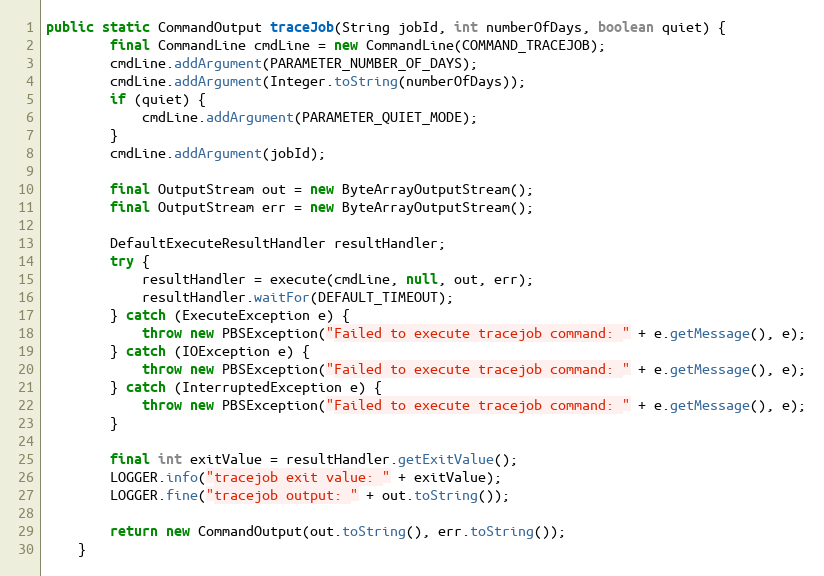
Language: Java
public static CommandOutput traceJob(String jobId, int numberOfDays, boolean quiet) {
        final CommandLine cmdLine = new CommandLine(COMMAND_TRACEJOB);
        cmdLine.addArgument(PARAMETER_NUMBER_OF_DAYS);
        cmdLine.addArgument(Integer.toString(numberOfDays));
        if (quiet) {
            cmdLine.addArgument(PARAMETER_QUIET_MODE);
        }
        cmdLine.addArgument(jobId);

        final OutputStream out = new ByteArrayOutputStream();
        final OutputStream err = new ByteArrayOutputStream();

        DefaultExecuteResultHandler resultHandler;
        try {
            resultHandler = execute(cmdLine, null, out, err);
            resultHandler.waitFor(DEFAULT_TIMEOUT);
        } catch (ExecuteException e) {
            throw new PBSException("Failed to execute tracejob command: " + e.getMessage(), e);
        } catch (IOException e) {
            throw new PBSException("Failed to execute tracejob command: " + e.getMessage(), e);
        } catch (InterruptedException e) {
            throw new PBSException("Failed to execute tracejob command: " + e.getMessage(), e);
        }

        final int exitValue = resultHandler.getExitValue();
        LOGGER.info("tracejob exit value: " + exitValue);
        LOGGER.fine("tracejob output: " + out.toString());

        return new CommandOutput(out.toString(), err.toString());
    }